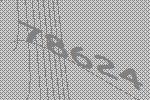
78624